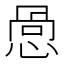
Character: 𪬋